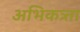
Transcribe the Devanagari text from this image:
अभिकत्र्ता